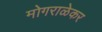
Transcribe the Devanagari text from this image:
मोगराळेकर